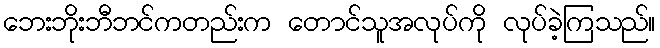
ဘေးဘိုးဘီဘင်ကတည်းက တောင်သူအလုပ်ကို လုပ်ခဲ့ကြသည်။